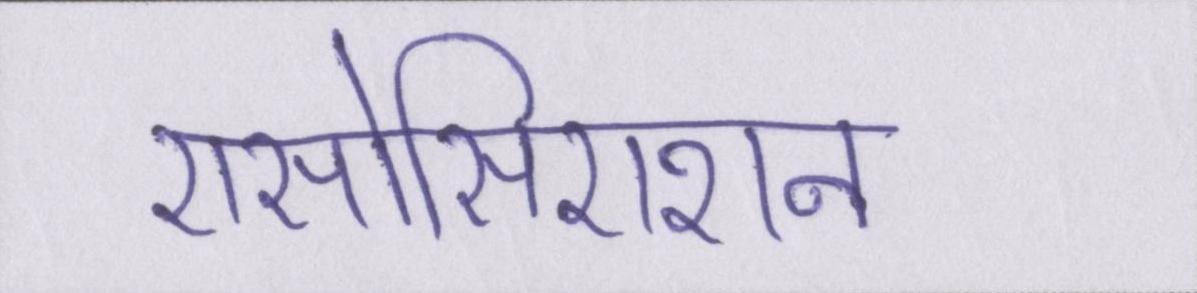
एसोसिएशन